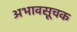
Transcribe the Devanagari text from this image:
अभावसूचक